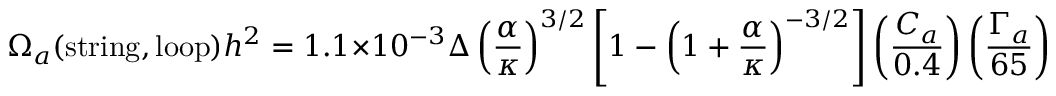
\Omega _ { a } ( \mathrm { s t r i n g } , \mathrm { l o o p } ) h ^ { 2 } = 1 . 1 \times 1 0 ^ { - 3 } \Delta \left( \frac { \alpha } { \kappa } \right) ^ { 3 / 2 } \left[ 1 - \left( 1 + \frac { \alpha } { \kappa } \right) ^ { - 3 / 2 } \right] \left( \frac { C _ { a } } { 0 . 4 } \right) \left( \frac { \Gamma _ { a } } { 6 5 } \right) \left( \frac { \zeta } { 1 3 } \right) \ .